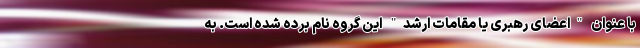
با عنوان "اعضای رهبری یا مقامات ارشد" این گروه نام برده شده است. به